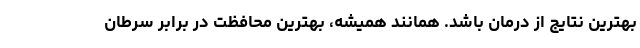
بهترین نتایج از درمان باشد. همانند همیشه، بهترین محافظت در برابر سرطان